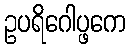
ဥပရိဂေါပ္ဖကေ